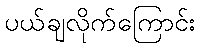
ပယ်ချလိုက်ကြောင်း